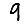
Digit: 9